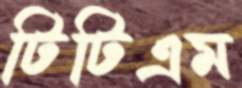
টিটিএম